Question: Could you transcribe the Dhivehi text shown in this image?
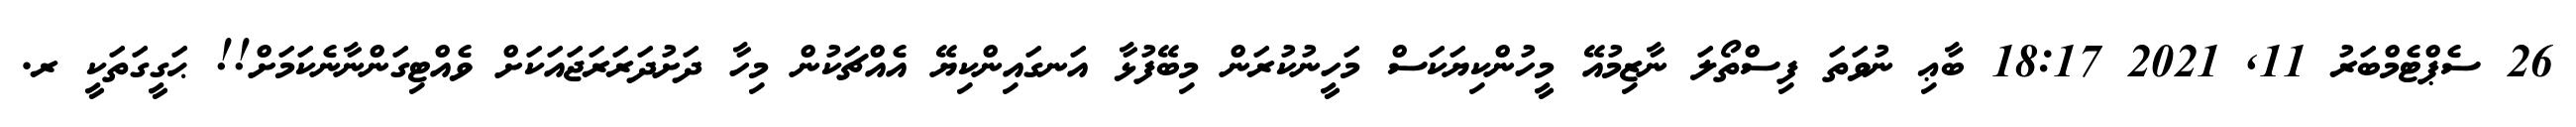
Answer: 26 ސެޕްޓެމްބަރު 11, 2021 18:17 ބާޢި ނުވަތަ ފިސްތޯލަ ނާޒިމުއޭ މީހުންކިޔަކަސް މަހީނުކުރަން މިބޭފުޅާ އަނގައިންކިޔޭ އެއްޗަކުން މިހާ ދަށުދަރަރަޖައަކަށް ވެއްޓިގަންނާނެކަމަށް!! ޙަގީގަތަކީ ރ.